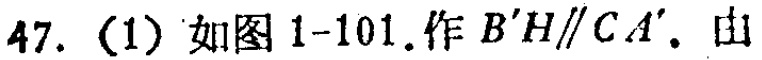
47. (1) 如图 1-101. 作 \(B'H\parallel CA'\). 由